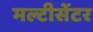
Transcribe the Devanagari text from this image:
मल्टीसेंटर